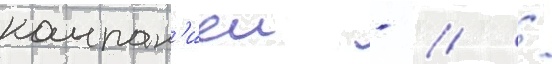
компан'иеи - // /